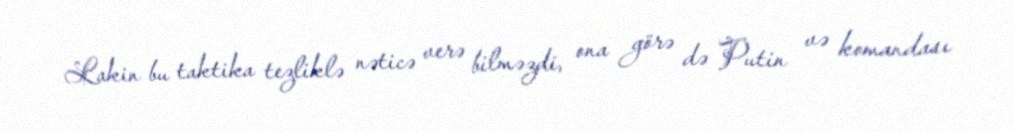
Lakin bu taktika tezliklə nəticə verə bilməzdi, ona görə də Putin və komandası